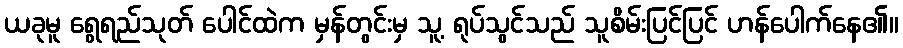
ယခုမူ ရွေရည်သုတ် ပေါင်ထဲက မှန်တွင်းမှ သူ့ ရုပ်သွင်သည် သူစိမ်းပြင်ပြင် ဟန်ပေါက်နေ၏။